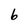
Character: 6